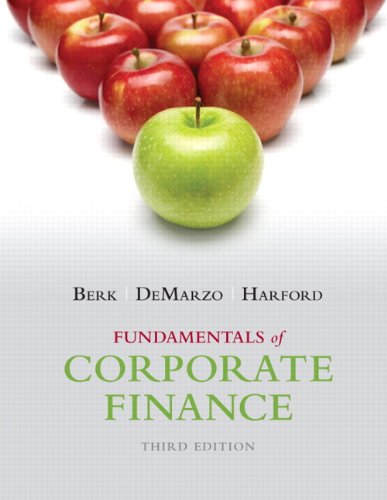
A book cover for Fundamentals of Corporate Finance (3rd Edition) (Pearson Series in Finance); Jonathan Berk; Business & Money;